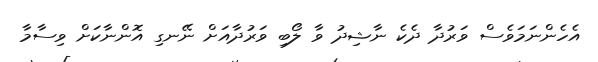
އެހެންނަމަވެސް ވަރުދާ ދެކެ ނާޝިދު ވާ ލޯބި ވަރުދާއަށް ނޭނގި އޮންނާކަށް ވިސާމާ